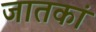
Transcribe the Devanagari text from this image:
जातकां